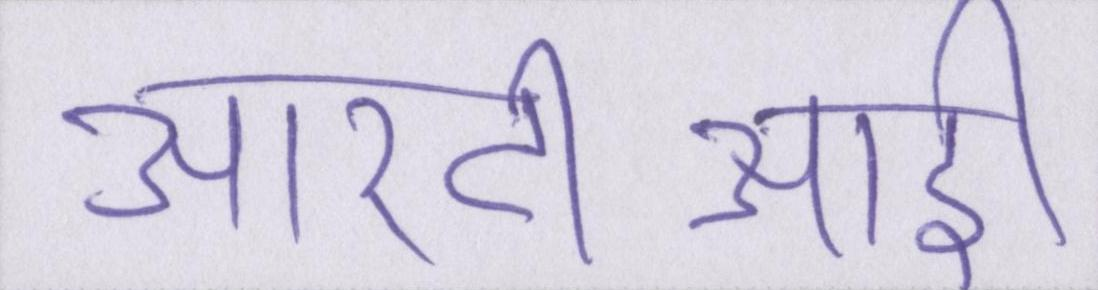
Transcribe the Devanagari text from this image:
आरटीआई